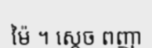
ម៉ៃ ។ ស្តេច ពញា